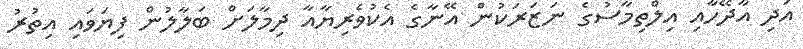
އަދި އާދޭހާއި އިލްތިމާސުގެ ނަޒަރަކުން އޭނާގެ އެކުވެރިޔާއާ ދިމާލަށް ބަލާލުން ފިޔަވައި އިތުރު